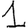
Digit: 1